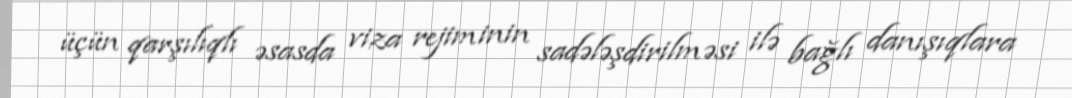
üçün qarşılıqlı əsasda viza rejiminin sadələşdirilməsi ilə bağlı danışıqlara